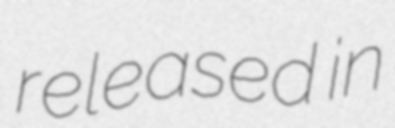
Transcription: released in